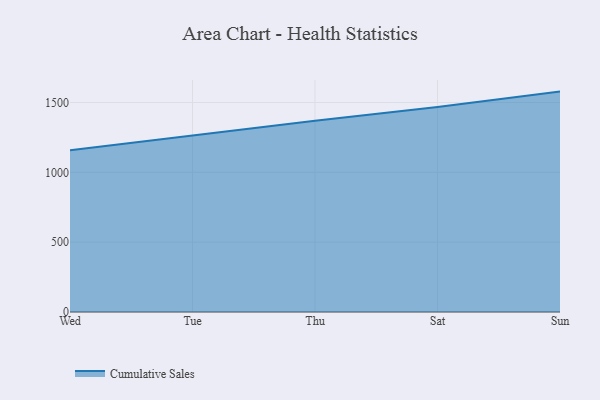
{"axis": {"x": "Day", "y": "Market Share (%)"}, "legend": ["Cumulative Sales"], "data": [{"x": "Wed", "y": 1157.8, "type": "Cumulative Sales"}, {"x": "Tue", "y": 1265.0, "type": "Cumulative Sales"}, {"x": "Thu", "y": 1369.9, "type": "Cumulative Sales"}, {"x": "Sat", "y": 1468.1, "type": "Cumulative Sales"}, {"x": "Sun", "y": 1578.1, "type": "Cumulative Sales"}]}